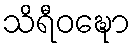
သိရီဝဍ္ဎော